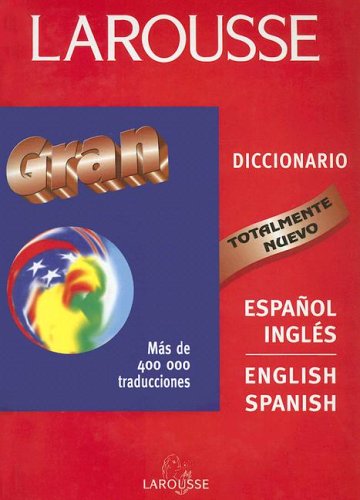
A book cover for Larousse Gran Dicionario: Ingles-Espanol/Espanol-Ingles (Spanish Edition); Reference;